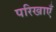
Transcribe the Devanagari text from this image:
परिखाएँ